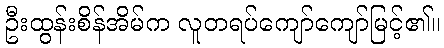
ဦးထွန်းစိန်အိမ်က လူတရပ်ကျော်ကျော်မြင့်၏။